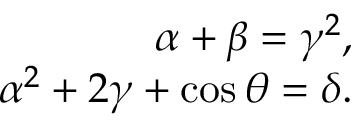
\begin{array} { r } { \alpha + \beta = \gamma ^ { 2 } , } \\ { \alpha ^ { 2 } + 2 \gamma + \cos \theta = \delta . } \end{array}